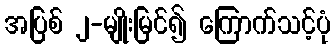
အပြစ် ၂-မျိုးမြင်၍ ကြောက်သင့်ပုံ